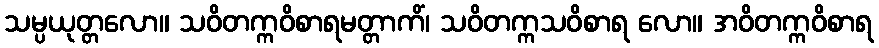
သမ္ပယုတ္တလော။ သဝိတက္ကဝိစာရမတ္တာကိံ၊ သဝိတက္ကသဝိစာရ လော။ အဝိတက္ကဝိစာရ